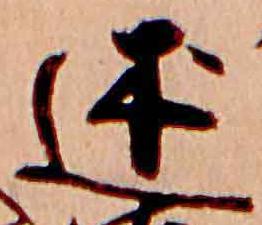
述